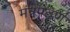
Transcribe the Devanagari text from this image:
मंत्रपठण